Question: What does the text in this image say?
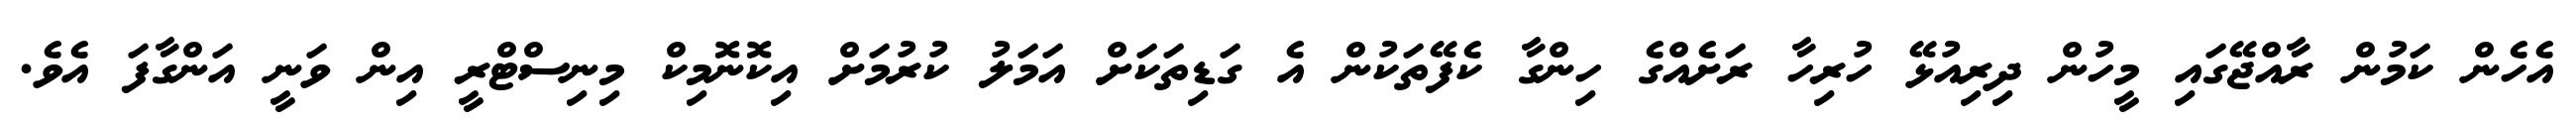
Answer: އެހެން ކަމުން ރާއްޖޭގައި މީހުން ދިރިއުޅޭ ހުރިހާ ރަށެއްގެ ހިންގާ ކެފޭތަކުން އެ ގަޑިތަކަށް އަމަލު ކުރުމަށް އިކޮނޮމިކް މިނިސްޓްރީ އިން ވަނީ އަންގާފަ އެވެ.